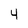
Character: 4